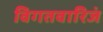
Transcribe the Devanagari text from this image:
विगतवारिजं